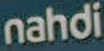
nahdi